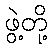
ဖွဲ့တို့